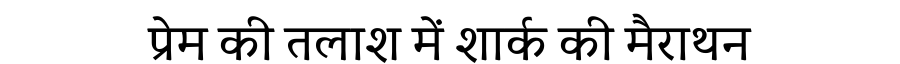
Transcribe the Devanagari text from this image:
प्रेम की तलाश में शार्क की मैराथन